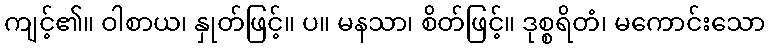
ကျင့်၏။ ဝါစာယ၊ နှုတ်ဖြင့်။ ပ။ မနသာ၊ စိတ်ဖြင့်။ ဒုစ္စရိတံ၊ မကောင်းသော